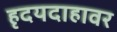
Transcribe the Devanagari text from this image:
हृदयदाहावर